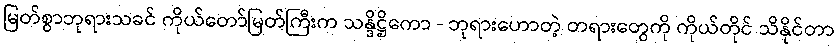
မြတ်စွာဘုရားသခင် ကိုယ်တော်မြတ်ကြီးက သန္ဒိဋ္ဌိကော - ဘုရားဟောတဲ့ တရားတွေကို ကိုယ်တိုင် သိနိုင်တာ